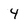
Character: 4